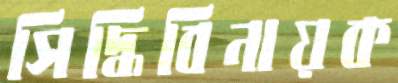
সিদ্ধিবিনায়ক